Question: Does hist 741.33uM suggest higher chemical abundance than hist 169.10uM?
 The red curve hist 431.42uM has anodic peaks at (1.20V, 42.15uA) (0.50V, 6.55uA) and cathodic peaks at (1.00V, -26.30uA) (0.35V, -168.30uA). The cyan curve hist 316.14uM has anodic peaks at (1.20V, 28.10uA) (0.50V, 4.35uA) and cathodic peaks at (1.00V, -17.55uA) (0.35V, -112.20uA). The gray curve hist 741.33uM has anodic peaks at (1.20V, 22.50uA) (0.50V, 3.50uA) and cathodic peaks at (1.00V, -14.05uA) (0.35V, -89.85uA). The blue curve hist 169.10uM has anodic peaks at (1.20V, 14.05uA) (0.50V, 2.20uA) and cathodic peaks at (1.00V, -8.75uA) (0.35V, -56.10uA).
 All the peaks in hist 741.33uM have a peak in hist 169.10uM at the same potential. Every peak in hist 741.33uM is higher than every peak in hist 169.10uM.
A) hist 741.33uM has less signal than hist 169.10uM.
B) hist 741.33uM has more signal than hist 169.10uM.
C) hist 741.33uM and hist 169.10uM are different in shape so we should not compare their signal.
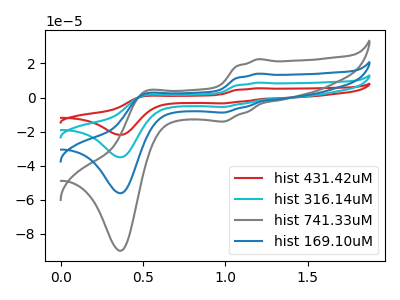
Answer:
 <answer>B) "hist 741.33uM" has more signal than "hist 169.10uM".</answer>
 <eval>B</eval>